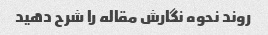
روند نحوه نگارش مقاله را شرح دهید